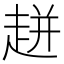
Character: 𧻓